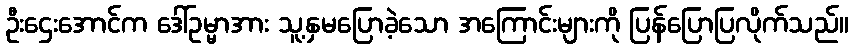
ဦးဌေးအောင်က ဒေါ်ဥမ္မာအား သူ့နှမပြောခဲ့သော အကြောင်းများကို ပြန်ပြောပြလိုက်သည်။